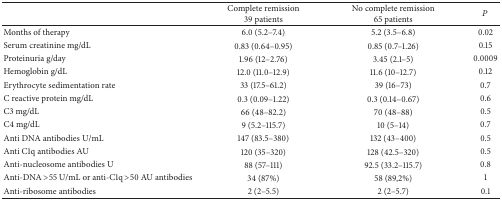
|  | Complete remission39 patients | No complete remission 65 patients | P |
 | --- | --- | --- | --- |
 | Months of therapy | 6.0 (5.2–7.4) | 5.2 (3.5–6.8) | 0.02 |
 | Serum creatinine mg/dL | 0.83 (0.64–0.95) | 0.85 (0.7–1.26) | 0.15 |
 | Proteinuria g/day | 1.96 (12–2.76) | 3.45 (2.1–5) | 0.0009 |
 | Hemoglobin g/dL | 12.0 (11.0–12.9) | 11.6 (10–12.7) | 0.12 |
 | Erythrocyte sedimentation rate | 33 (17.5–61.2) | 39 (16–73) | 0.7 |
 | C reactive protein mg/dL | 0.3 (0.09–1.22) | 0.3 (0.14–0.67) | 0.6 |
 | C3 mg/dL | 66 (48–82.2) | 70 (48–88) | 0.5 |
 | C4 mg/dL | 9 (5.2–115.7) | 10 (5–14) | 0.7 |
 | Anti DNA antibodies U/mL | 147 (83.5–380) | 132 (43–400) | 0.5 |
 | Anti C1q antibodies AU | 120 (35–320) | 128 (42.5–320) | 0.5 |
 | Anti-nucleosome antibodies U | 88 (57–111) | 92.5 (33.2–115.7) | 0.8 |
 | Anti-DNA >55 U/mL or anti-C1q >50 AU antibodies | 34 (87%) | 58 (89,2%) | 1 |
 | Anti-ribosome antibodies | 2 (2–5.5) | 2 (2–5.7) | 0.1 |